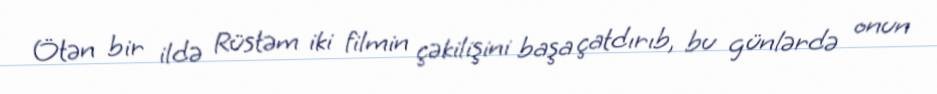
Ötən bir ildə Rüstəm iki filmin çəkilişini başa çatdırıb, bu günlərdə onun